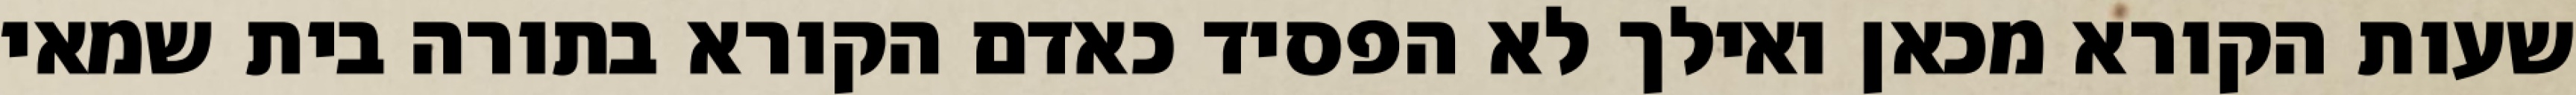
שעות הקורא מכאן ואילך לא הפסיד כאדם הקורא בתורה בית שמאי